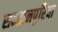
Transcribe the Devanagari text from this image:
सन्तानपुरिया